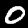
Label: 0